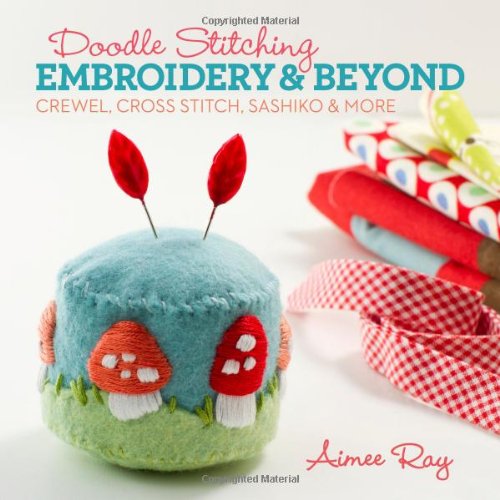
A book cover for Doodle Stitching: Embroidery & Beyond: Crewel, Cross Stitch, Sashiko & More; Aimee Ray; Crafts, Hobbies & Home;